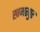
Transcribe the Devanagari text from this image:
खमरपुर